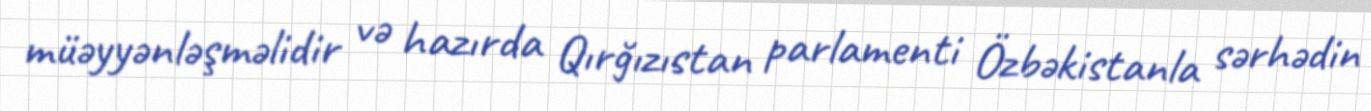
müəyyənləşməlidir və hazırda Qırğızıstan parlamenti Özbəkistanla sərhədin